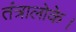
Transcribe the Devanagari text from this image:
तंत्रालोके।